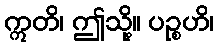
ဣတိ၊ ဤသို့။ ပဉ္စဟိ၊